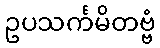
ဥပသင်္ကမိတဗ္ဗံ